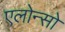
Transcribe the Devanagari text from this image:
एलोन्सो